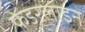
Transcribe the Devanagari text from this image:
फेडरलाइन